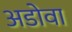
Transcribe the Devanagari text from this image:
अडोवा